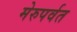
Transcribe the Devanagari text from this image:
मेरुपर्वत